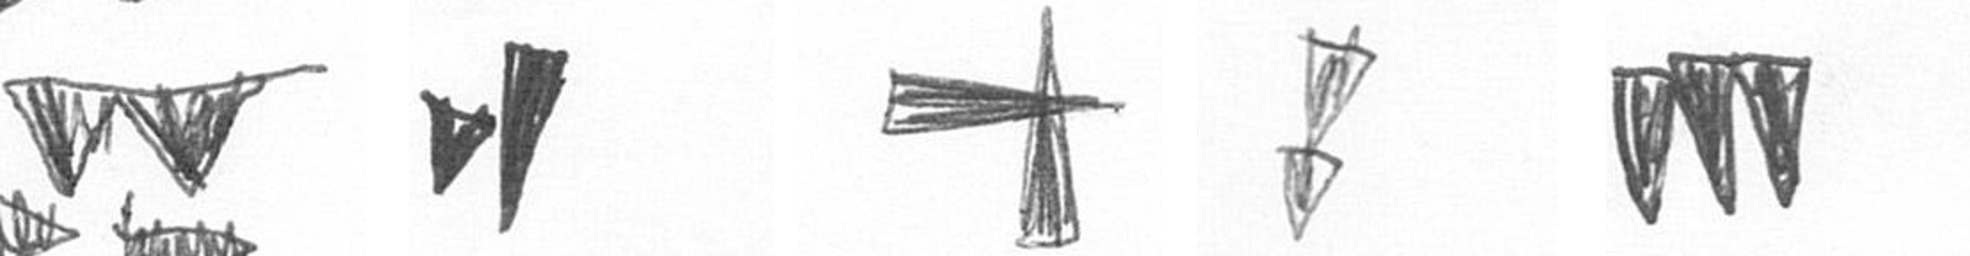
B M G Z L